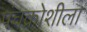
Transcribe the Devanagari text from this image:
पंचक्रोशीला